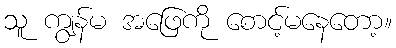
သူ ကျွန်မ အဖြေကို စောင့်မနေတော့။